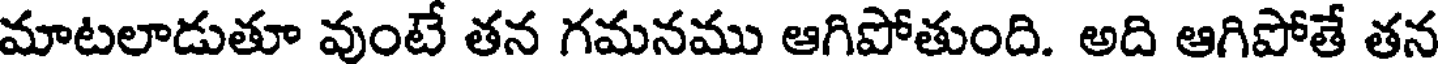
మాటలాడుతూ వుంటే తన గమనము ఆగిపోతుంది. అది ఆగిపోతే తన